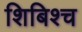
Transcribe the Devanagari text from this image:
शिबिश्च